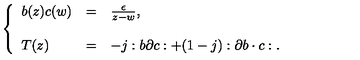
\left\{ \begin{array} { l c l } { b ( z ) c ( w ) } & { = } & { \frac { \epsilon } { z - w } , } \\ { } & { } & { } \\ { T ( z ) } & { = } & { - j : b \partial c : + ( 1 - j ) : \partial b \cdot c : . } \\ \end{array} \right.